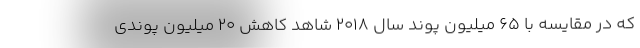
که در مقایسه با 65 میلیون پوند سال 2018 شاهد کاهش 20 میلیون پوندی